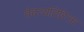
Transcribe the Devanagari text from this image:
वेदव्यतिरिक्त